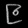
Digit: ၉